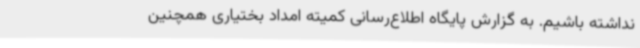
نداشته باشیم. به گزارش پایگاه اطلاع‌رسانی کمیته امداد بختیاری همچنین